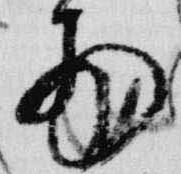
前